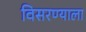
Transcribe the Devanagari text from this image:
विसरण्याला